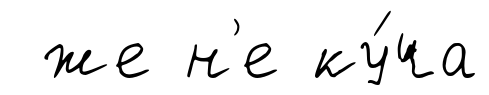
же н'е ку́ча